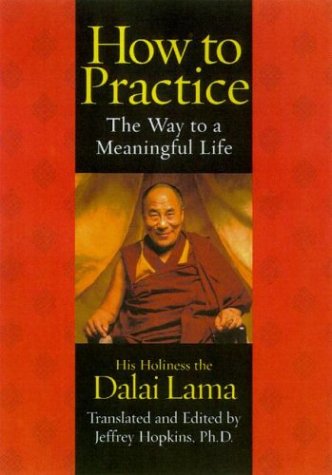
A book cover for How to Practice: The Way to a Meaningful Life; Dalai Lama; Politics & Social Sciences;